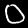
Digit: 0